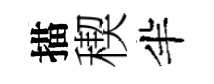
描稧半